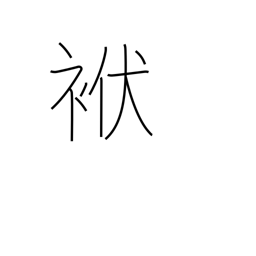
Meaning: cloth wrapper